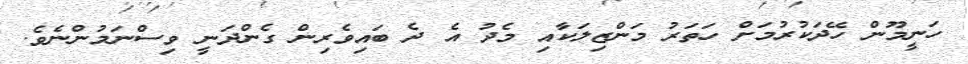
ހަނީމޫން ހޭދަކުރުމަށް ހަތަރު މަންޒިލަކާއި މެދު އެ ދެ ބައިވެރިން ގެންދަނީ ވިސްނަމުންނެވެ.